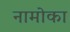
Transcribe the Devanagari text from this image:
नामोका